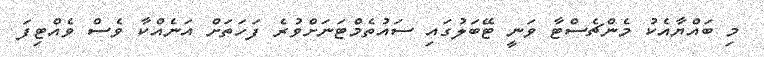
މި ބައްޔާއެކު މެންޗެސްޓާ ވަނީ ޓޭބަލުގައި ސައުތެމްޓަނަށްވުރެ ފަހަތަށް އަނެއްކާ ވެސް ވެއްޓިފަ